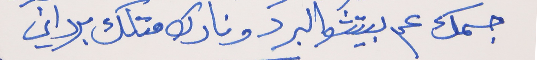
جسمك عم بيتشو البرد     ونارك متلك برداني